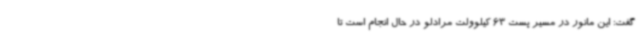
گفت: این مانور در مسیر پست 63 کیلوولت مرادلو در حال انجام است تا